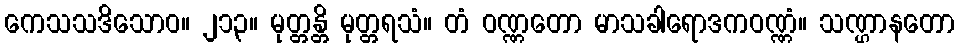
ကေသသဒိသောဝ။ ၂၁၃။ မုတ္တန္တိ မုတ္တရသံ။ တံ ဝဏ္ဏတော မာသခါရောဒကဝဏ္ဏံ။ သဏ္ဌာနတော